Indian journal of veterinary science and animal husbandry - Volume 11,
Year: 1941
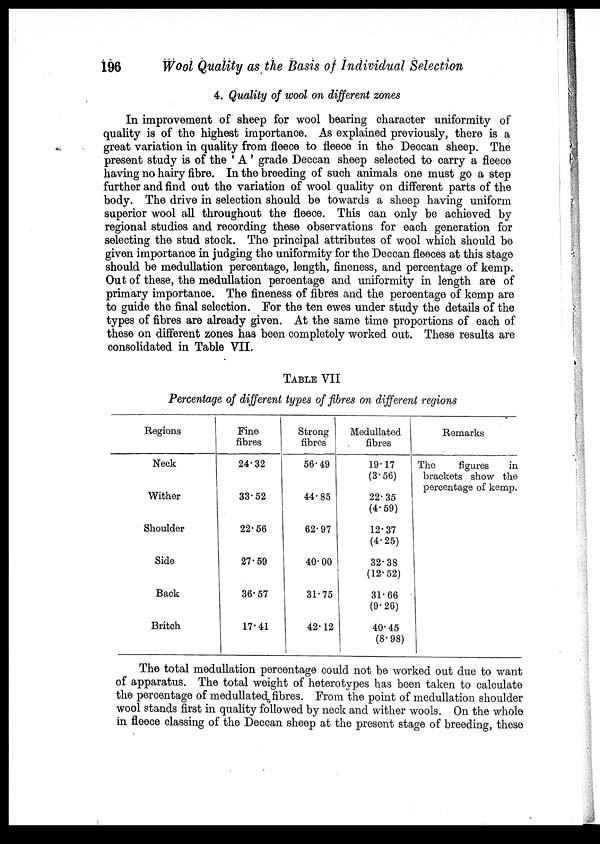
196
Wool Quality as the Basis of Individual Selection
4. Quality of wool on different zones
In improvement of sheep for wool bearing character uniformity of
quality is of the highest importance. As explained previously, there is a
great variation in quality from fleece to fleece in the Deccan sheep. The
present study is of the ' A ' grade Deccan sheep selected to carry a fleece
having no hairy fibre. In the breeding of such animals one must go a step
further and find out the variation of wool quality on different parts of the
body. The drive in selection should be towards a sheep having uniform
superior wool all throughout the fleece. This can only be achieved by
regional studies and recording these observations for each generation for
selecting the stud stock. The principal attributes of wool which should be
given importance in judging the uniformity for the Deccan fleeces at this stage
should be medullation percentage, length, fineness, and percentage of kemp.
Out of these, the medullation percentage and uniformity in length are of
primary importance. The fineness of fibres and the percentage of kemp are
to guide the final selection. For the ten ewes under study the details of the
types of fibres are already given. At the same time proportions of each of
these on different zones has been completely worked out. These results are
consolidated in Table VII.
TABLE VII
Percentage of different types of fibres on different regions
Regions
Neck
Wither
Shoulder
Side
Back
Britch
Fine
fibres
24.32
33.52
22.56
27.59
36.57
17.41
Strong
fibres
56.49
44.85
62.97
40.00
31.75
42.12
Medullated
fibres
19.17
(3.56)
22.35
(4.59)
12.37
(4.25)
32.38
(12.52)
31.66
(9.26)
40.45
(8.98)
Remarks
The
figures
in
brackets show the
percentage of kemp.
The total medullation percentage could not be worked out due to want
of apparatus. The total weight of heterotypes has been taken to calculate
the percentage of medullated fibres. From the point of medullation shoulder
wool stands first in quality followed by neck and wither wools. On the whole
in fleece classing of the Deccan sheep at the present stage of breeding, these